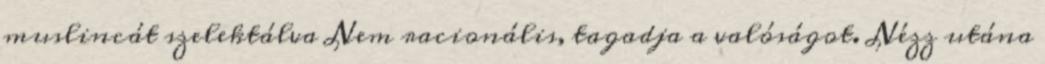
muslincát szelektálva Nem racionális, tagadja a valóságot. Nézz utána